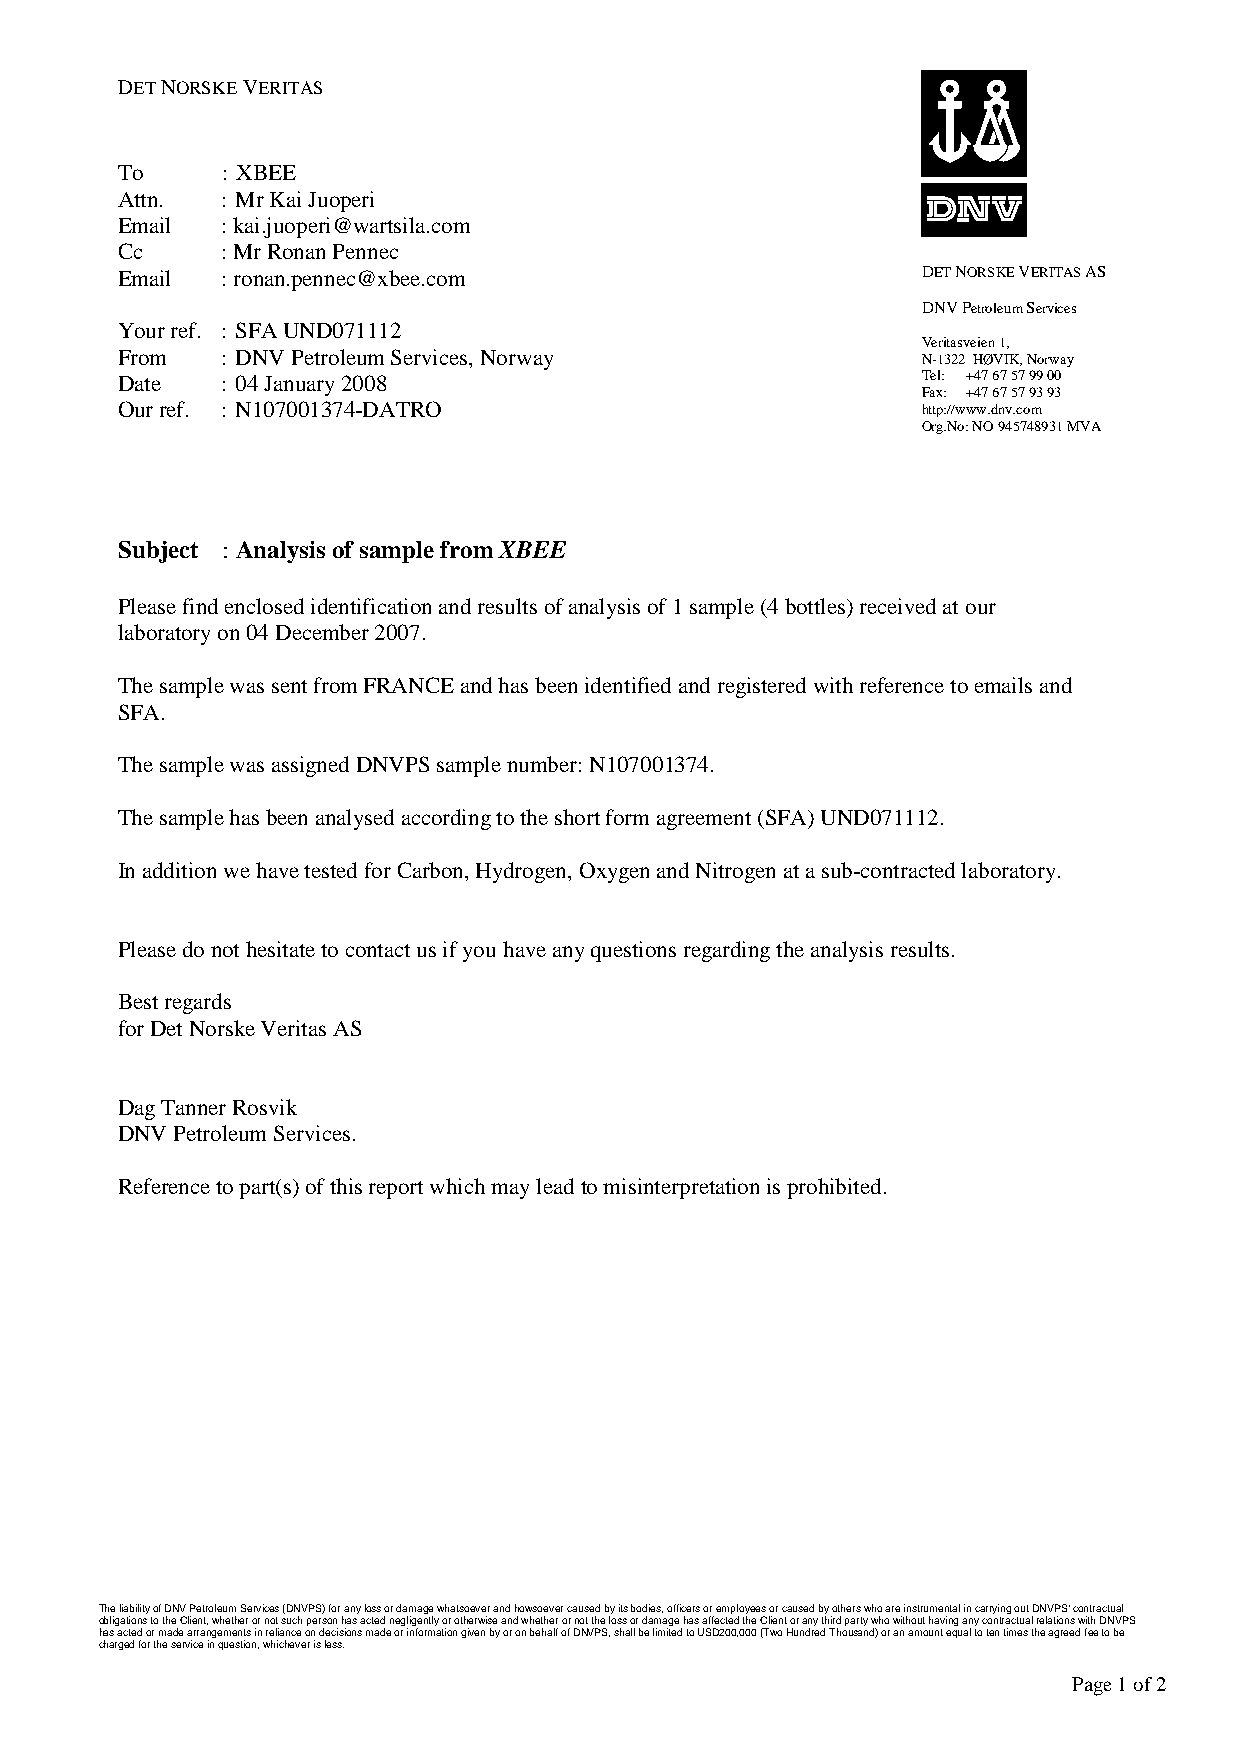
DET NORSKE VERITAS
 To     : XBEE
 Attn.  : Mr Kai Juoperi
 Email  : kai.juoperi@wartsila.com
 Cc     : Mr Ronan Pennec
 Email  : ronan.pennec@xbee.com                       DET NORSKE VERITAS AS
 DNV Petroleum Services
 Your ref. : SFA UND071112
 Veritasveien 1,
 From   : DNV Petroleum Services, Norway              N-1322 HØVIK, Norway
 Date   : 04 January 2008                             Tel: +47 67 57 99 00
 Fax: +47 67 57 93 93
 Our ref. : N107001374-DATRO                          http://www.dnv.com
 Org.No: NO 945748931 MVA
 Subject : Analysis of sample from XBEE
 Please find enclosed identification and results of analysis of 1 sample (4 bottles) received at our
 laboratory on 04 December 2007.
 The sample was sent from FRANCE and has been identified and registered with reference to emails and
 SFA.
 The sample was assigned DNVPS sample number: N107001374.
 The sample has been analysed according to the short form agreement (SFA) UND071112.
 In addition we have tested for Carbon, Hydrogen, Oxygen and Nitrogen at a sub-contracted laboratory.
 Please do not hesitate to contact us if you have any questions regarding the analysis results.
 Best regards
 for Det Norske Veritas AS
 Dag Tanner Rosvik
 DNV Petroleum Services.
 Reference to part(s) of this report which may lead to misinterpretation is prohibited.
 The liability of DNV Petroleum Services (DNVPS) for any loss or damage whatsoever and howsoever caused by its bodies, officers or employees or caused by others who are instrumental in carrying out DNVPS' contractual
 obligations to the Client, whether or not such person has acted negligently or otherwise and whether or not the loss or damage has affected the Client or any third party who without having any contractual relations with DNVPS
 has acted or made arrangements in reliance on decisi ons made or information given by or on behalf of DNVPS, shall be limited to USD200,000 (Two Hundred Thousand) or an amount equal to ten times the agreed fee to be
 charged for the service in question, whichever is less.
 Page 1 of 2